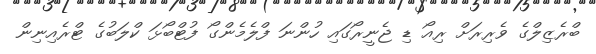
ބްރެޒިލްގެ ވެރިރަށް ރިއޯ ޑި ޖެނީރޯގައި ހުންނަ ފްލެމެންގޯ ފުޓްބޯޅަ ކްލަބުގެ ޓްރެއިނިން